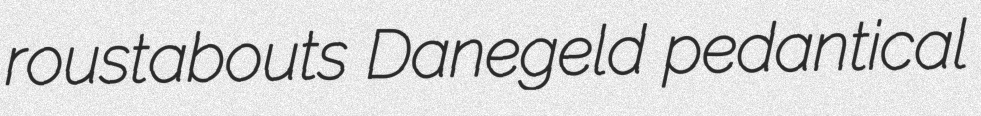
roustabouts Danegeld pedantical